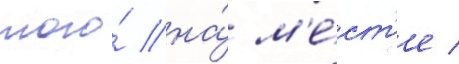
того́ на́ м'е́ст'е /